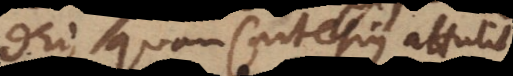
quam Cartesius attulit,